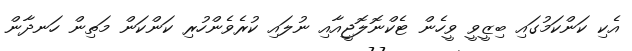
އެކި ކަންކަމުގައި ބިޒީވީ ވީހެން ޓެކްނޮލޮޖީއާއި ނުލައި ކުރެވެންހުރި ކަންކަން މަތިން ހަނދާން